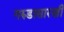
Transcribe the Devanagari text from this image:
गरुडासारखी